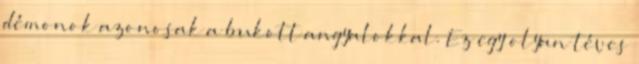
démonok azonosak a bukott angyalokkal. Ez egy olyan téves